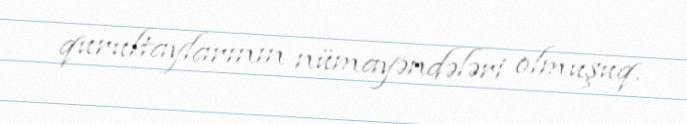
qurultaylarının nümayəndələri olmuşuq.